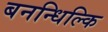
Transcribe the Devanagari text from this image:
बनन्धिल्कि